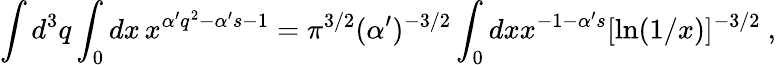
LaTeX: \int d^{3}q\int_{0}dx\, x^{\alpha^{\prime}q^{2}-\alpha^{\prime}s-1}=\pi^{3/2}(\alpha^{\prime})^{-3/2}\int_{0}dxx^{-1-\alpha^{\prime}s}[\ln(1/x)]^{-3/2}\ ,